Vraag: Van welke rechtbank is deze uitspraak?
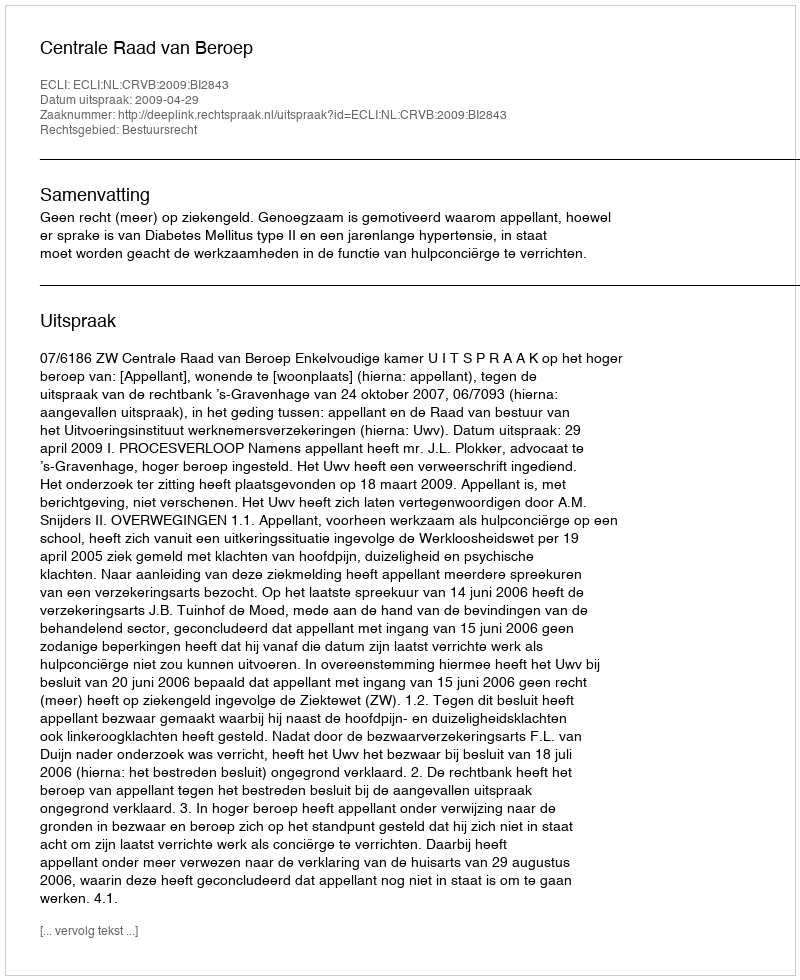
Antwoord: Centrale Raad van Beroep